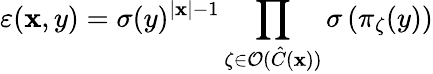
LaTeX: \varepsilon(\mathbf{x},y)=\sigma(y)^{\left|\mathbf{x}\right|-1}\prod_{\zeta\in\mathcal{{O}}(\hat{{C}}(\mathbf{x}))}\sigma\left(\pi_{\zeta}(y)\right)